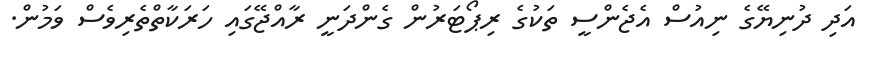
އަދި ދުނިޔޭގެ ނިއުސް އެޖެންސީ ތަކުގެ ރިޕޯޓަރުން ގެންދަނީ ރާއްޖޭގައި ހަރަކާތްތެރިވެސް ވަމުން.